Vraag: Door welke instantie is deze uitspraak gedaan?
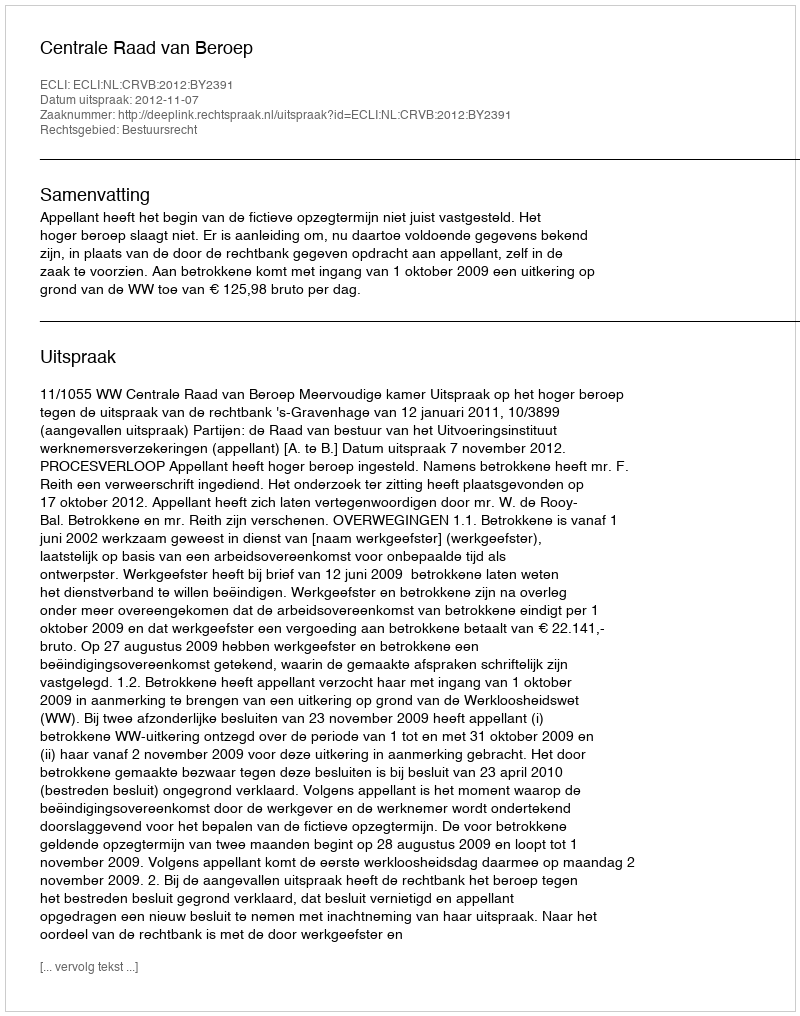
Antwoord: Centrale Raad van Beroep